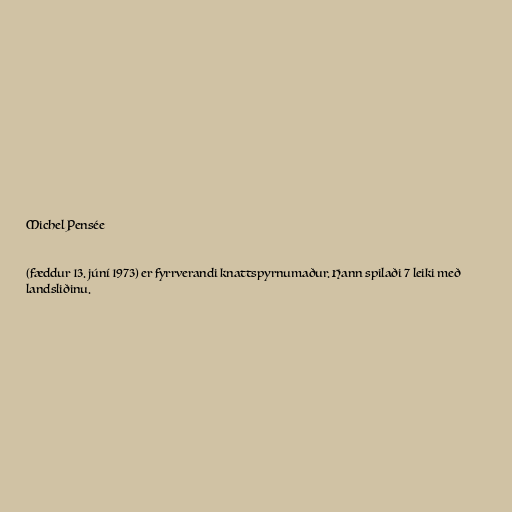
Michel Pensée

(fæddur 13. júní 1973) er fyrrverandi knattspyrnumaður. Hann spilaði 7 leiki með
landsliðinu.